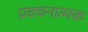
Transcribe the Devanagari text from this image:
प्रवचनात्मक